画像に写った文字を読んでください
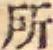
「所」と書いてあります